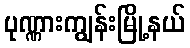
ပုဏ္ဏားကျွန်းမြို့နယ်